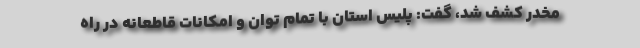
مخدر کشف شد، گفت: پلیس استان با تمام توان و امکانات قاطعانه در راه